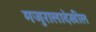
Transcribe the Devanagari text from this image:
मजुरालादेखील